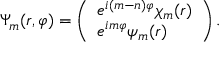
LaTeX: \Psi _ { m } ( r , \varphi ) = \left( \begin{array} { l } { { e ^ { i ( m - n ) \varphi } \chi _ { m } ( r ) } } \\ { { e ^ { i m \varphi } \psi _ { m } ( r ) } } \end{array} \right) .